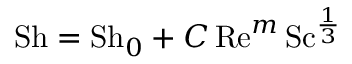
\mathrm { S h } = \mathrm { S h } _ { 0 } + C \, \mathrm { R e } ^ { m } \, \mathrm { S c } ^ { \frac { 1 } { 3 } }